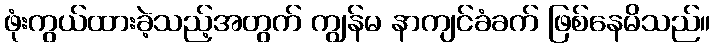
ဖုံးကွယ်ထားခဲ့သည့်အတွက် ကျွန်မ နာကျင်ခံခက် ဖြစ်နေမိသည်။